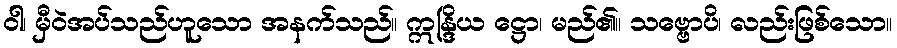
ဝါ၊ မှီဝဲအပ်သည်ဟူသော အနက်သည်။ ဣန္ဒြိယ ဋ္ဌော၊ မည်၏။ သဗ္ဗောပိ၊ လည်းဖြစ်သော။